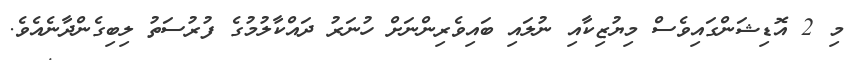
މި 2 އޮޑިޝަންގައިވެސް މިޔުޒިކާއި ނުލައި ބައިވެރިންނަށް ހުނަރު ދައްކާލުމުގެ ފުރުސަތު ލިބިގެންދާނެއެވެ.